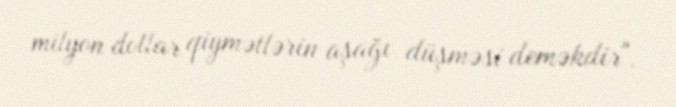
milyon dollar qiymətlərin aşağı düşməsi deməkdir".